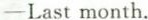
-Last month.